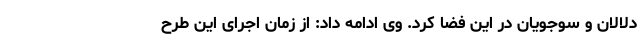
دلالان و سوجویان در این فضا کرد. وی ادامه داد: از زمان اجرای این طرح